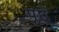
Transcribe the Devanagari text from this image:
पृष्ठं